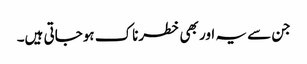
جن سے یہ اور بھی خطرناک ہوجاتی ہیں۔